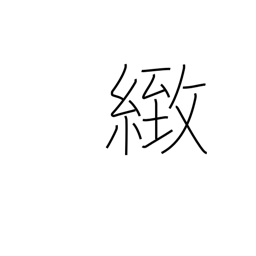
Meaning: fine (i.e. not coarse)